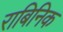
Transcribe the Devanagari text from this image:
राबिनिक